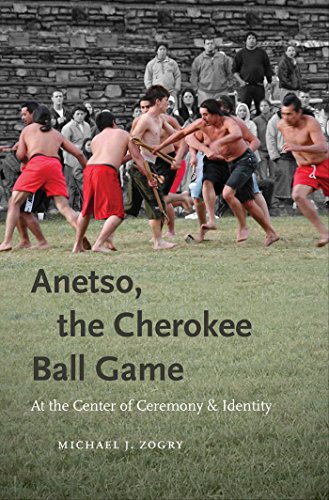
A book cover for Anetso, the Cherokee Ball Game: At the Center of Ceremony and Identity (First Peoples: New Directions in Indigenous Studies (University of North Carolina Press Hardcover)); Michael J. Zogry; Sports & Outdoors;